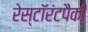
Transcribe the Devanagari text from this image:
रेस्टॉरंटपैकी